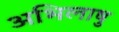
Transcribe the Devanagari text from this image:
अभिलाषु